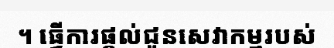
។ ធ្វើការផ្តល់ជូនសេវាកម្មរបស់